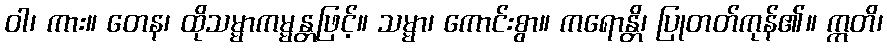
ဝါ၊ ကား။ တေန၊ ထိုသမ္မာကမ္မန္တဖြင့်။ သမ္မာ၊ ကောင်းစွာ။ ကရောန္တိ၊ ပြုတတ်ကုန်၏။ ဣတိ၊